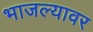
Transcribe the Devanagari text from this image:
भाजल्यावर